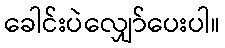
ခေါင်းပဲလျှော်ပေးပါ။